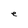
Character: e